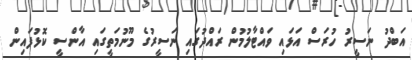
އަބްދު ނަސީރު ހުރަސް އަޅައި ވައްޓާލުމުން ރައްދުގައި ނަސީރުގެ މޫނުމަތީގައި އާންސީ ކޮޅުފައިން